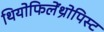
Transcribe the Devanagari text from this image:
थियोफिलेंथ्रोपिस्ट